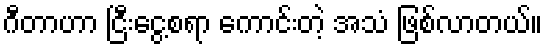
ဂီတာဟာ ငြီးငွေ့စရာ ကောင်းတဲ့ အသံ ဖြစ်လာတယ်။